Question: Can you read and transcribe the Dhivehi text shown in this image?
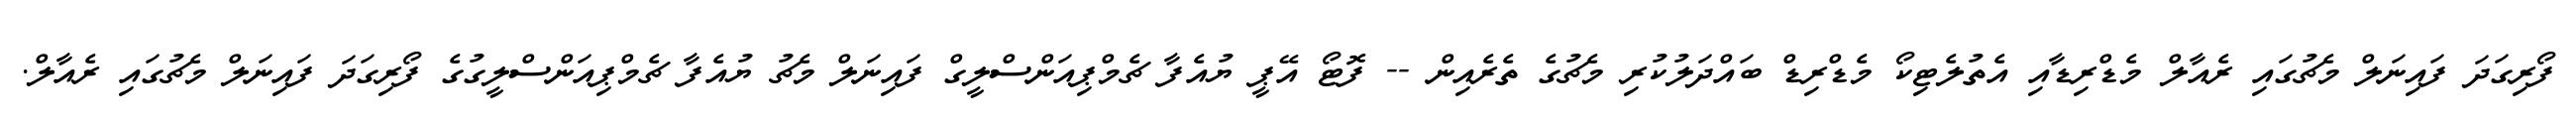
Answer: ފޯރިގަދަ ފައިނަލް މެޗުގައި ރެއާލް މެޑްރިޑާއި އެތުލެޓިކޯ މެޑްރިޑް ބައްދަލުކުރި މެޗުގެ ތެރެއިން -- ފޮޓޯ އޭޕީ ޔުއެފާ ޗެމްޕިއަންސްލީގް ފައިނަލް މެޗު ޔުއެފާ ޗެމްޕިއަންސްލީގުގެ ފޯރިގަދަ ފައިނަލް މެޗުގައި ރެއާލް.